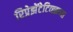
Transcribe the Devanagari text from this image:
रिप्रेझेंटेटिव्ह्झच्या